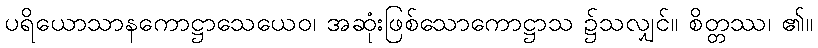
ပရိယောသာနကောဋ္ဌာသေယေဝ၊ အဆုံးဖြစ်သောကောဋ္ဌာသ ၌သလျှင်။ စိတ္တဿ၊ ၏။